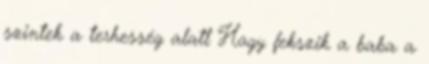
szintek a terhesség alatt Hogy fekszik a baba a